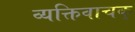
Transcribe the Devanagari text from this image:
व्यक्तिवाचक्